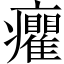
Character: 癯